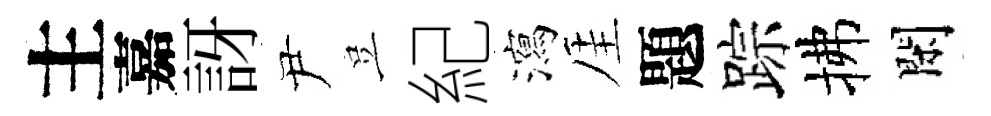
主嘉訝尹豈紀瀉厓題踪拂閑